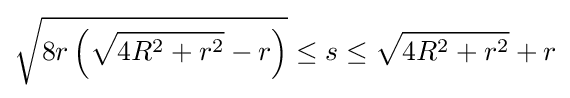
{\sqrt {8r\left({\sqrt {4R^{2}+r^{2}}}-r\right)}}\leq s\leq {\sqrt {4R^{2}+r^{2}}}+r